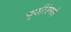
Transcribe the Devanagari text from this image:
वुएलिंगचे